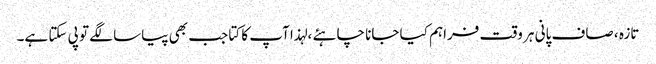
تازہ ، صاف پانی ہر وقت فراہم کیا جانا چاہئے ، لہذا آپ کا کتا جب بھی پیاسا لگے تو پی سکتا ہے۔